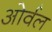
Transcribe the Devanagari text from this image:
ओर्वल